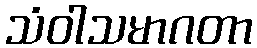
သံဝါသမာဂတာ